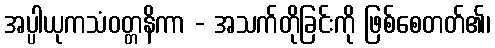
အပ္ပါယုကသံဝတ္တနိကာ - အသက်တိုခြင်းကို ဖြစ်စေတတ်၏၊